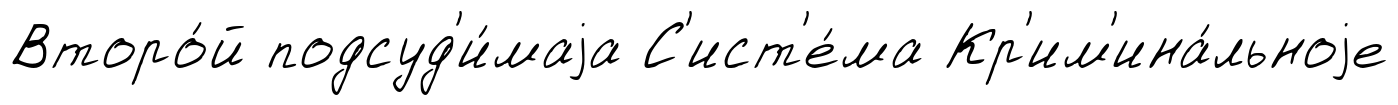
Второ́й подсуд'и́маjа С'ист'е́ма Кр'им'ина́льноjе